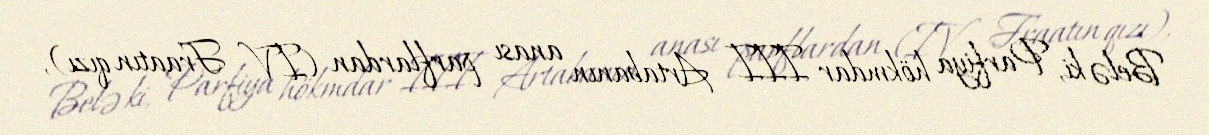
Belə ki, Parfiya hökmdar III Artabanın anası parflardan (IV Fraatın qızı),